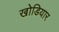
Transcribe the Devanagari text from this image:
खोडियार